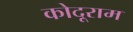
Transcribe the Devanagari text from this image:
कोदूराम